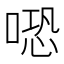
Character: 𠺱